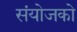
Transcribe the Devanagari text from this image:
संयोजको